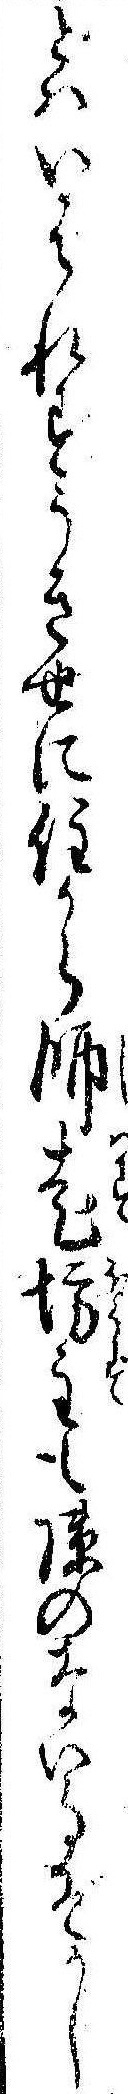
とはいはれずうき世に住から師走坊主ものない事ぞかし